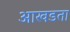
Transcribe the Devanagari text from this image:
आखडता